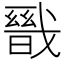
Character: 𭟺